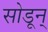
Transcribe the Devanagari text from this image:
सोडून्